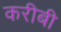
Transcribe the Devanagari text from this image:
करीबी